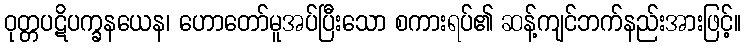
ဝုတ္တပဋိပက္ခနယေန၊ ဟောတော်မူအပ်ပြီးသော စကားရပ်၏ ဆန့်ကျင်ဘက်နည်းအားဖြင့်။